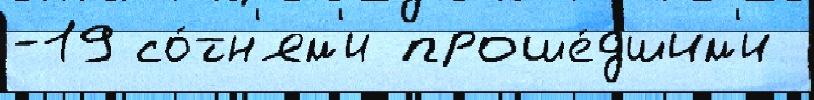
-19 со́тн'ям'и проше́дшим'и